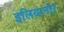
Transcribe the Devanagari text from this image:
इलियानोर